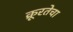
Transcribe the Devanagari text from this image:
क्रूरतेचा